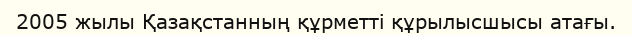
2005 жылы Қазақстанның құрметті құрылысшысы атағы.